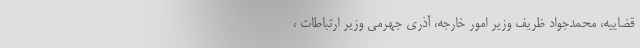
قضاییه، محمدجواد ظریف وزیر امور خارجه، آذری جهرمی وزیر ارتباطات ،